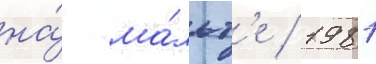
на́ ма́льт'е / 1981